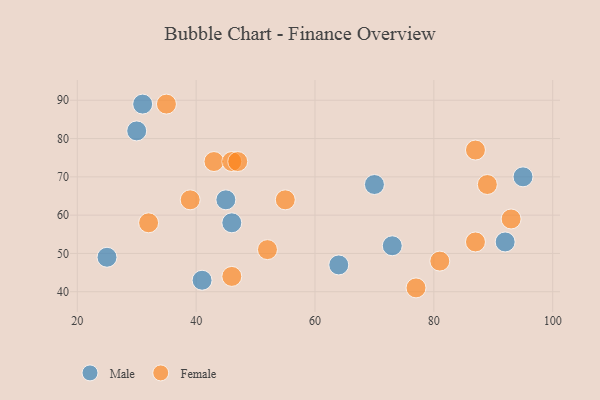
{"axis": {"x": "GDP", "y": "Life Expectancy"}, "legend": ["Female", "Male"], "data": [{"x": "46", "y": 58, "type": "Male"}, {"x": "30", "y": 82, "type": "Male"}, {"x": "45", "y": 64, "type": "Male"}, {"x": "73", "y": 52, "type": "Male"}, {"x": "70", "y": 68, "type": "Male"}, {"x": "64", "y": 47, "type": "Male"}, {"x": "31", "y": 89, "type": "Male"}, {"x": "41", "y": 43, "type": "Male"}, {"x": "92", "y": 53, "type": "Male"}, {"x": "95", "y": 70, "type": "Male"}, {"x": "25", "y": 49, "type": "Male"}, {"x": "77", "y": 41, "type": "Female"}, {"x": "46", "y": 44, "type": "Female"}, {"x": "52", "y": 51, "type": "Female"}, {"x": "55", "y": 64, "type": "Female"}, {"x": "39", "y": 64, "type": "Female"}, {"x": "87", "y": 77, "type": "Female"}, {"x": "43", "y": 74, "type": "Female"}, {"x": "93", "y": 59, "type": "Female"}, {"x": "35", "y": 89, "type": "Female"}, {"x": "32", "y": 58, "type": "Female"}, {"x": "87", "y": 53, "type": "Female"}, {"x": "46", "y": 74, "type": "Female"}, {"x": "81", "y": 48, "type": "Female"}, {"x": "47", "y": 74, "type": "Female"}, {"x": "89", "y": 68, "type": "Female"}]}